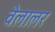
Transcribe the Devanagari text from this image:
वेलालर